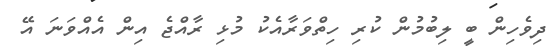
ދިވެހިން ބީ ލިބުމުން ކުރި ހިތްވަރާއެކު މުޅި ރާއްޖެ އިން އެއްވަނަ އޭ